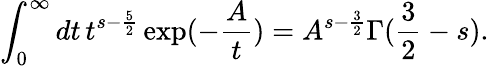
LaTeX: \int_{0}^{\infty}dt\, t^{s-\frac{5}{2}}\exp(-\frac{A}{t})=A^{s-\frac{3}{2}}\Gamma(\frac{3}{2}-s).